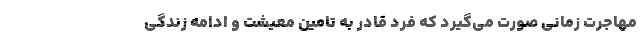
مهاجرت زمانی صورت می‌گیرد که فرد قادر به تامین معیشت و ادامه زندگی